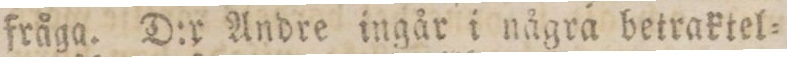
fråga. D:r Andre ingår i några betraktel=